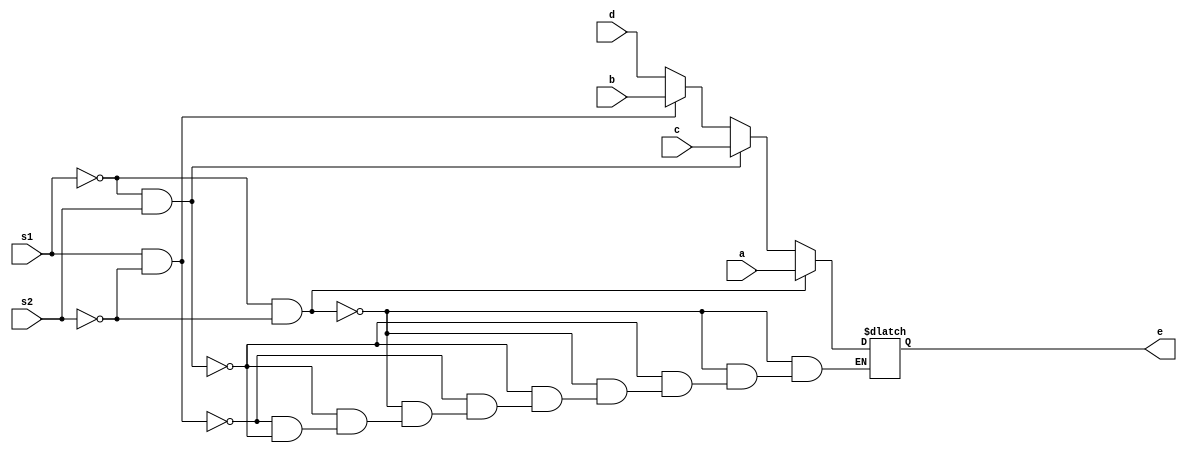
module fourbit_4to2to1_mux
(
input wire [3:0] a,b,c,d,
input wire s1,s2,
output reg [3:0] e
);
always @*
	if (s1==1'b0 & s2==1'b0)
	e=a;
	else if(s1==1'b0 & s2==1'b1)
	e=c;
	else if(s1==1'b1 & s2==1'b0)
	e=b;
	else if(s1==1'b0 & s2==1'b1)
	e=d;
endmodule
module tb_fourbit_4to2to1_mux;
   reg [3:0] x,y,z,t;
   reg f1,f2;
   wire [3:0] testout;
   fourbit_4to2to1_mux uut(.a(x),.b(y),.c(z),.d(t),.s1(f1),.s2(f2),.e(testout));
   initial 
   begin
	x=4'b0000;y=4'b0001;z=4'b0010;t=4'b0011;
	f1=1'b0;f2=1'b0;
	#200;
	x=4'b0100;y=4'b0101;z=4'b0110;t=4'b0111;
	f1=1'b0;f2=1'b1;
	#200;
	x=4'b1000;y=4'b1001;z=4'b1010;t=4'b1011;
	f1=1'b1;f2=1'b0;
	#200;
	x=4'b1100;y=4'b1101;z=4'b1110;t=4'b1111;
	f1=1'b1;f2=1'b1;
	#200;
	$stop;
    end
endmodule